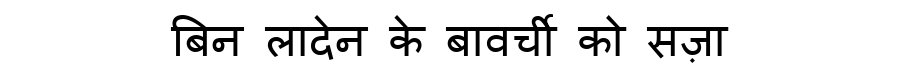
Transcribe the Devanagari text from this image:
बिन लादेन के बावर्ची को सज़ा